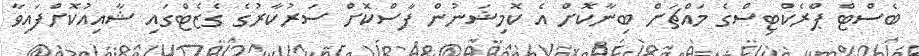
ބެސްޓް ޕްރެކްޓިސްގެ މައްޗަށް ބިނާކޮށް އެ ކޮމިޝަނުން ފާސްކޮށް ސަރުކާރުގެ ގެޒެޓްގައި ޝާއިއުކޮށްފައިވާ